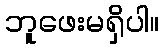
ဘူဖေးမရှိပါ။